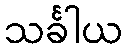
သင်္ခါယ